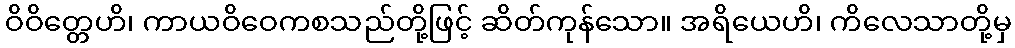
ဝိဝိတ္တေဟိ၊ ကာယဝိဝေကစသည်တို့ဖြင့် ဆိတ်ကုန်သော။ အရိယေဟိ၊ ကိလေသာတို့မှ